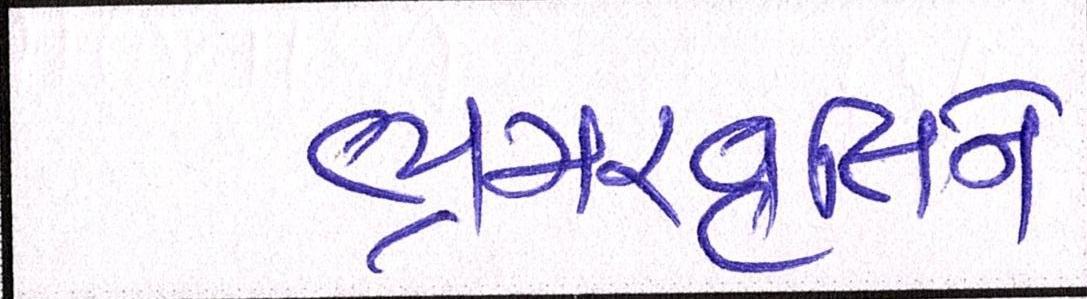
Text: ભ્રમરવૃતિને